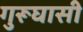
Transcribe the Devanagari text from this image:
गुरूघासी